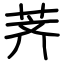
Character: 荠